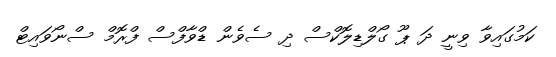
ކަމުގައިވާ ވިނީ ދަ ޕޫ ގޯލްޑިލޮކްސް ދި ސެވެން ޑްވާފްސް ފްރޮމް ސްނޯވައިޓް